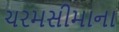
ચરમસીમાના